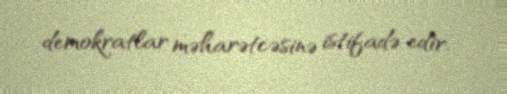
demokratlar məharətcəsinə istifadə edir.